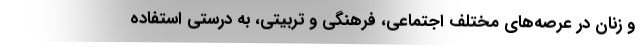
و زنان در عرصه‌های مختلف اجتماعی، فرهنگی و تربیتی، به درستی استفاده